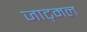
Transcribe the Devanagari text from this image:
जाट्मल